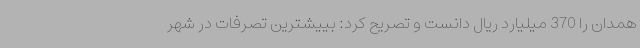
همدان را 370 میلیارد ریال دانست و تصریح کرد: بییشترین تصرفات در شهر